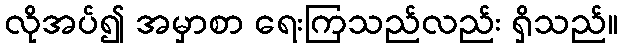
လိုအပ်၍ အမှာစာ ရေးကြသည်လည်း ရှိသည်။